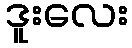
ဒူးလေး